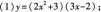
(1) $$y = ( 2 x ^ { 2 } + 3 ) ( 3 x - 2 )$$；